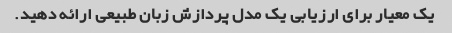
یک معیار برای ارزیابی یک مدل پردازش زبان طبیعی ارائه دهید.